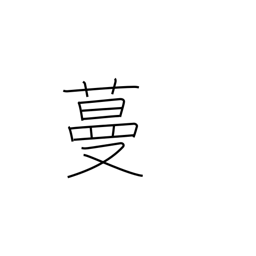
Meaning: sprawl